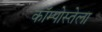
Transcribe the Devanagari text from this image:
कॉम्पोस्तेला